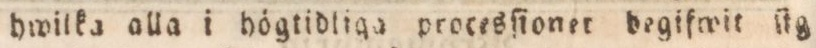
hwilka alla i högtidliga procesſinet begifwit ſig